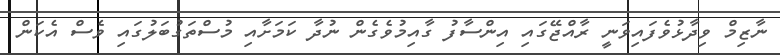
ނާޒިމް ވިދާޅުވެފައިވަނީ ރާއްޖޭގައި އިންސާފު ގާއިމުވެގެން ނުދާ ކަމަށާއި މުސްތަގުބަލުގައި ވެސް އެކަން